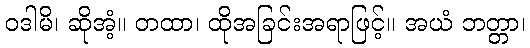
ဝဒါမိ၊ ဆိုအံ့။ တထာ၊ ထိုအခြင်းအရာဖြင့်။ အယံ ဘတ္တာ၊